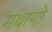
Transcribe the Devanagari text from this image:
मथागो